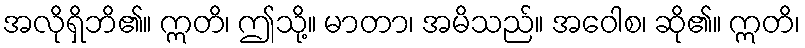
အလိုရှိဘိ၏။ ဣတိ၊ ဤသို့။ မာတာ၊ အမိသည်။ အဝေါစ၊ ဆို၏။ ဣတိ၊